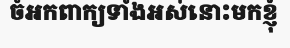
ចំអកពាក្យទាំងអស់នោះមកខ្ញុំ